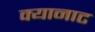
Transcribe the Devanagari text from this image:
क्यानाट